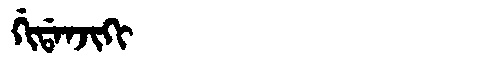
Manchu: ᡤᡳᡩᠠᠨᠵᡳᡴᡳ
Romanization: GIDANJIKI